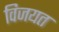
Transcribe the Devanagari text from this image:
विजयत